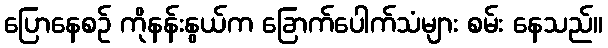
ပြောနေစဉ် ကိုနန်းနွယ်က ခြောက်ပေါက်သံများ စမ်း နေသည်။